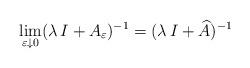
LaTeX: \begin{align*}\lim_{\varepsilon \downarrow 0} (\lambda \, I + A_\varepsilon)^{-1}= (\lambda \, I + \widehat A)^{-1}\end{align*}